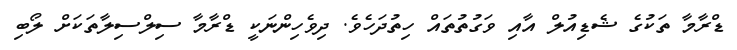
ޑްރާމާ ތަކުގެ ޝެޑިއުލް އާއި ވަގުތުތައް ހިތުދަހެވެ. ދިވެހިންނަކީ ޑްރާމާ ސިލްސިލާތަކަށް ލޯބި